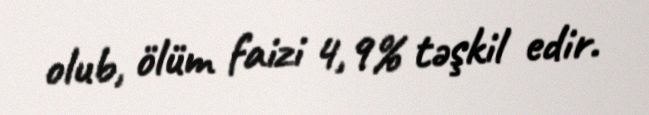
olub, ölüm faizi 4,9% təşkil edir.